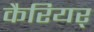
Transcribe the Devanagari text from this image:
कैरियर्